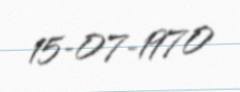
15-07-1970